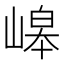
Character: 㟸